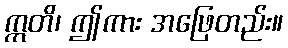
ဣတိ၊ ဤကား အဖြေတည်း။